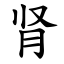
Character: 肾